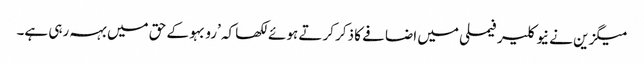
میگزین نے نیوکلیر فیملی میں اضافے کا ذکر کرتے ہوئے لکھا کہ ’رو بہو کے حق میں بہہ رہی ہے۔